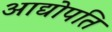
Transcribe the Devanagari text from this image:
आद्योपति